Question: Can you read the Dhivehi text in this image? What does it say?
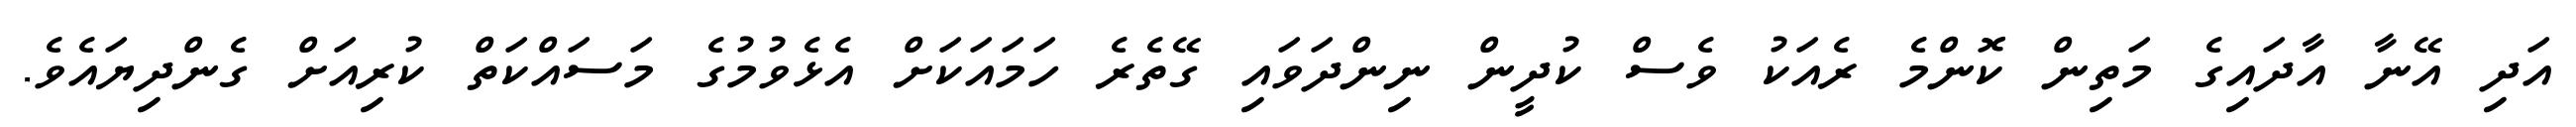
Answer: އަދި އޭނާ އާދައިގެ މަތިން ކޮންމެ ރެއަކު ވެސް ކުދީން ނިންދަވައި ގޭތެރެ ހަމައަކަށް އެޅެވުމުގެ މަސައްކަތް ކުރިއަށް ގެންދިޔައެވެ.